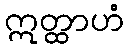
ဣတ္ထာဟံ